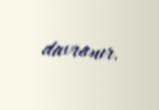
davranır.